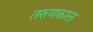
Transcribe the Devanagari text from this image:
तरुणकाल